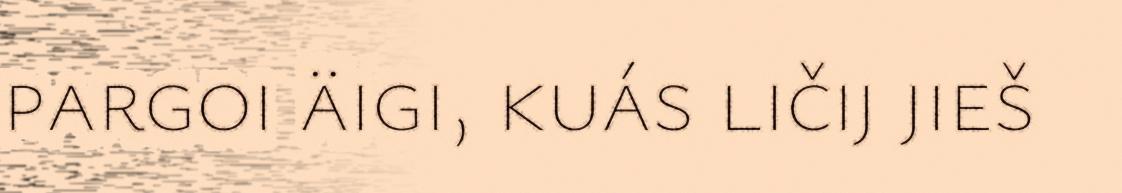
pargoi äigi, kuás ličij jieš